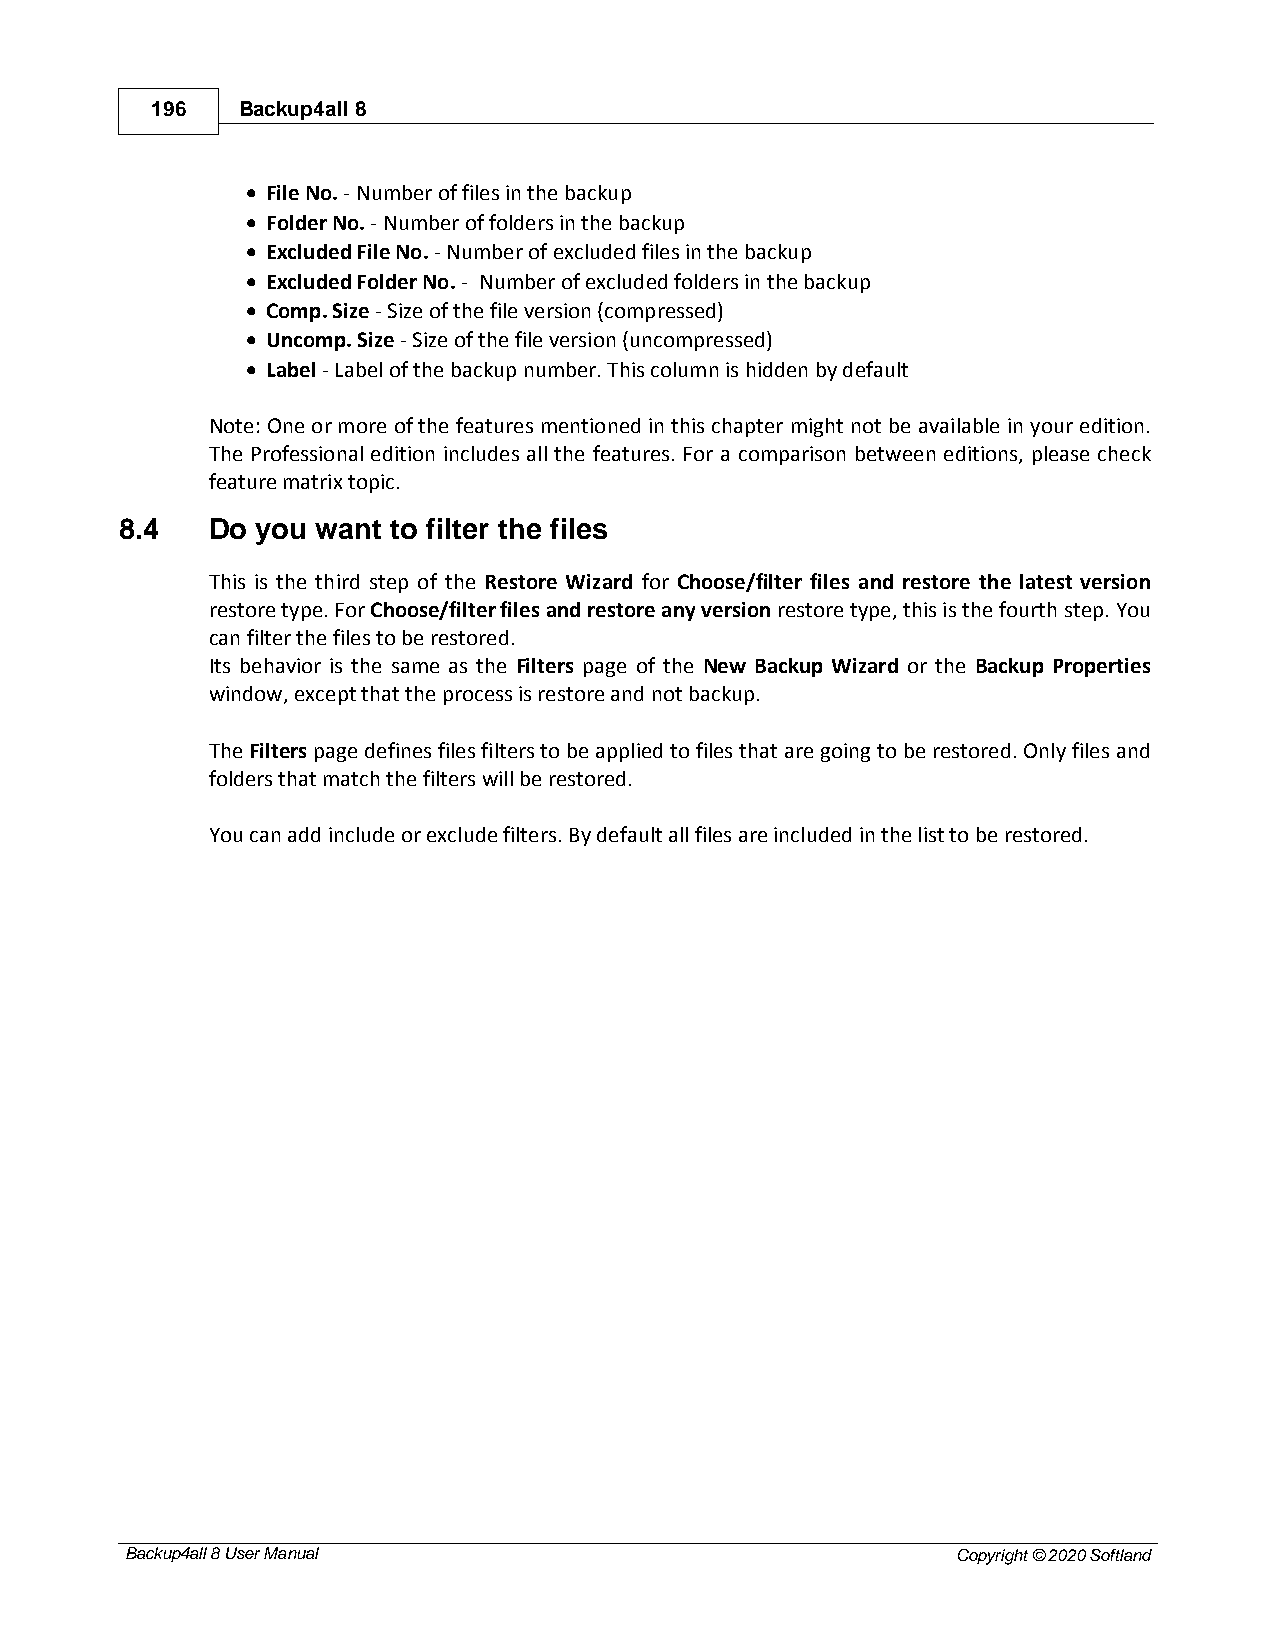
196   Backup4all 8
 · File No. - Number of files in the backup
 · Folder No. - Number of folders in the backup
 · Excluded File No. - Number of excluded files in the backup
 · Excluded Folder No. - Number of excluded folders in the backup
 · Comp. Size - Size of the file version (compressed)
 · Uncomp. Size - Size of the file version (uncompressed)
 · Label - Label of the backup number. This column is hidden by default
 Note: One or more of the features mentioned in this chapter might not be available in your edition.
 The Professional edition includes all the features. For a comparison between editions, please check
 feature matrix topic.
 8.4   Do you want to filter the files
 This is the third step of the Restore Wizard for Choose/filter files and restore the latest version
 restore type. For Choose/filter files and restore any version restore type, this is the fourth step. You
 can filter the files to be restored.
 Its behavior is the same as the Filters page of the New Backup Wizard or the Backup Properties
 window, except that the process is restore and not backup.
 The Filters page defines files filters to be applied to files that are going to be restored. Only files and
 folders that match the filters will be restored.
 You can add include or exclude filters. By default all files are included in the list to be restored.
 Backup4all 8 User Manual                               Copyright © 2020 Softland